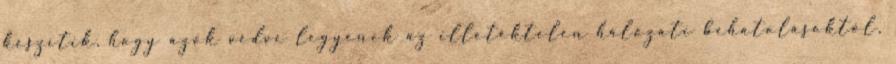
készítik, hogy azok védve legyenek az illetéktelen hálózati behatolásoktól,